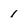
Character: 1